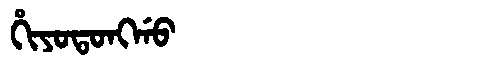
Manchu: ᡥᡳᠶᠣᡨᠣᠩᡤᠣ
Romanization: HIYOTONGGO